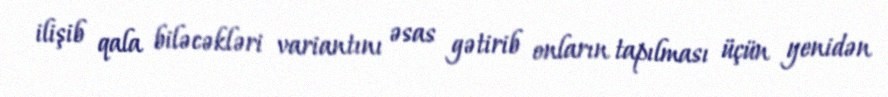
ilişib qala biləcəkləri variantını əsas gətirib onların tapılması üçün yenidən